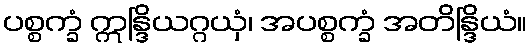
ပစ္စက္ခံ ဣန္ဒြိယဂ္ဂယှံ၊ အပစ္စက္ခံ အတိန္ဒြိယံ။